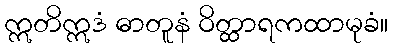
ဣတိဣဒံ ဓာတူနံ ဝိတ္ထာရကထာမုခံ။